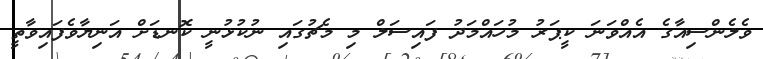
ވެލެންސިއާގެ އެއްވަނަ ކީޕަރު މުހައްމަދު ފައިސަލް މި މެޗުގައި ނުކުޅުނީ ކޮނޑަށް އަނިޔާވެފައިވާތީ